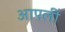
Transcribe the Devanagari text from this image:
आपलीं